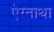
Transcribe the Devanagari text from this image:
ऐग्नाथा